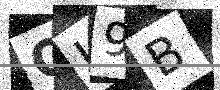
Text: OL9B